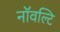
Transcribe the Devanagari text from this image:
नॉवल्टि